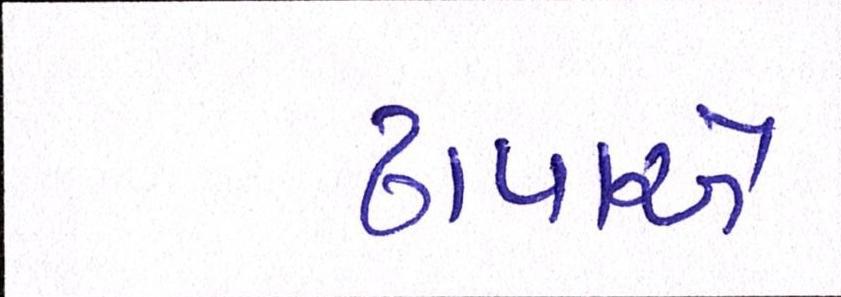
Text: ઢાપાએ